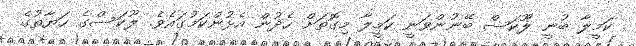
ކަމީލާ ބުނީ ލޫކަސް ބޭނުންވަނީ ކަމީލާ މިގޮތަށް ހެދުން އެޅުންކަމުގައެވެ. ލޫކަސްގެ ހަޔާތުގެ